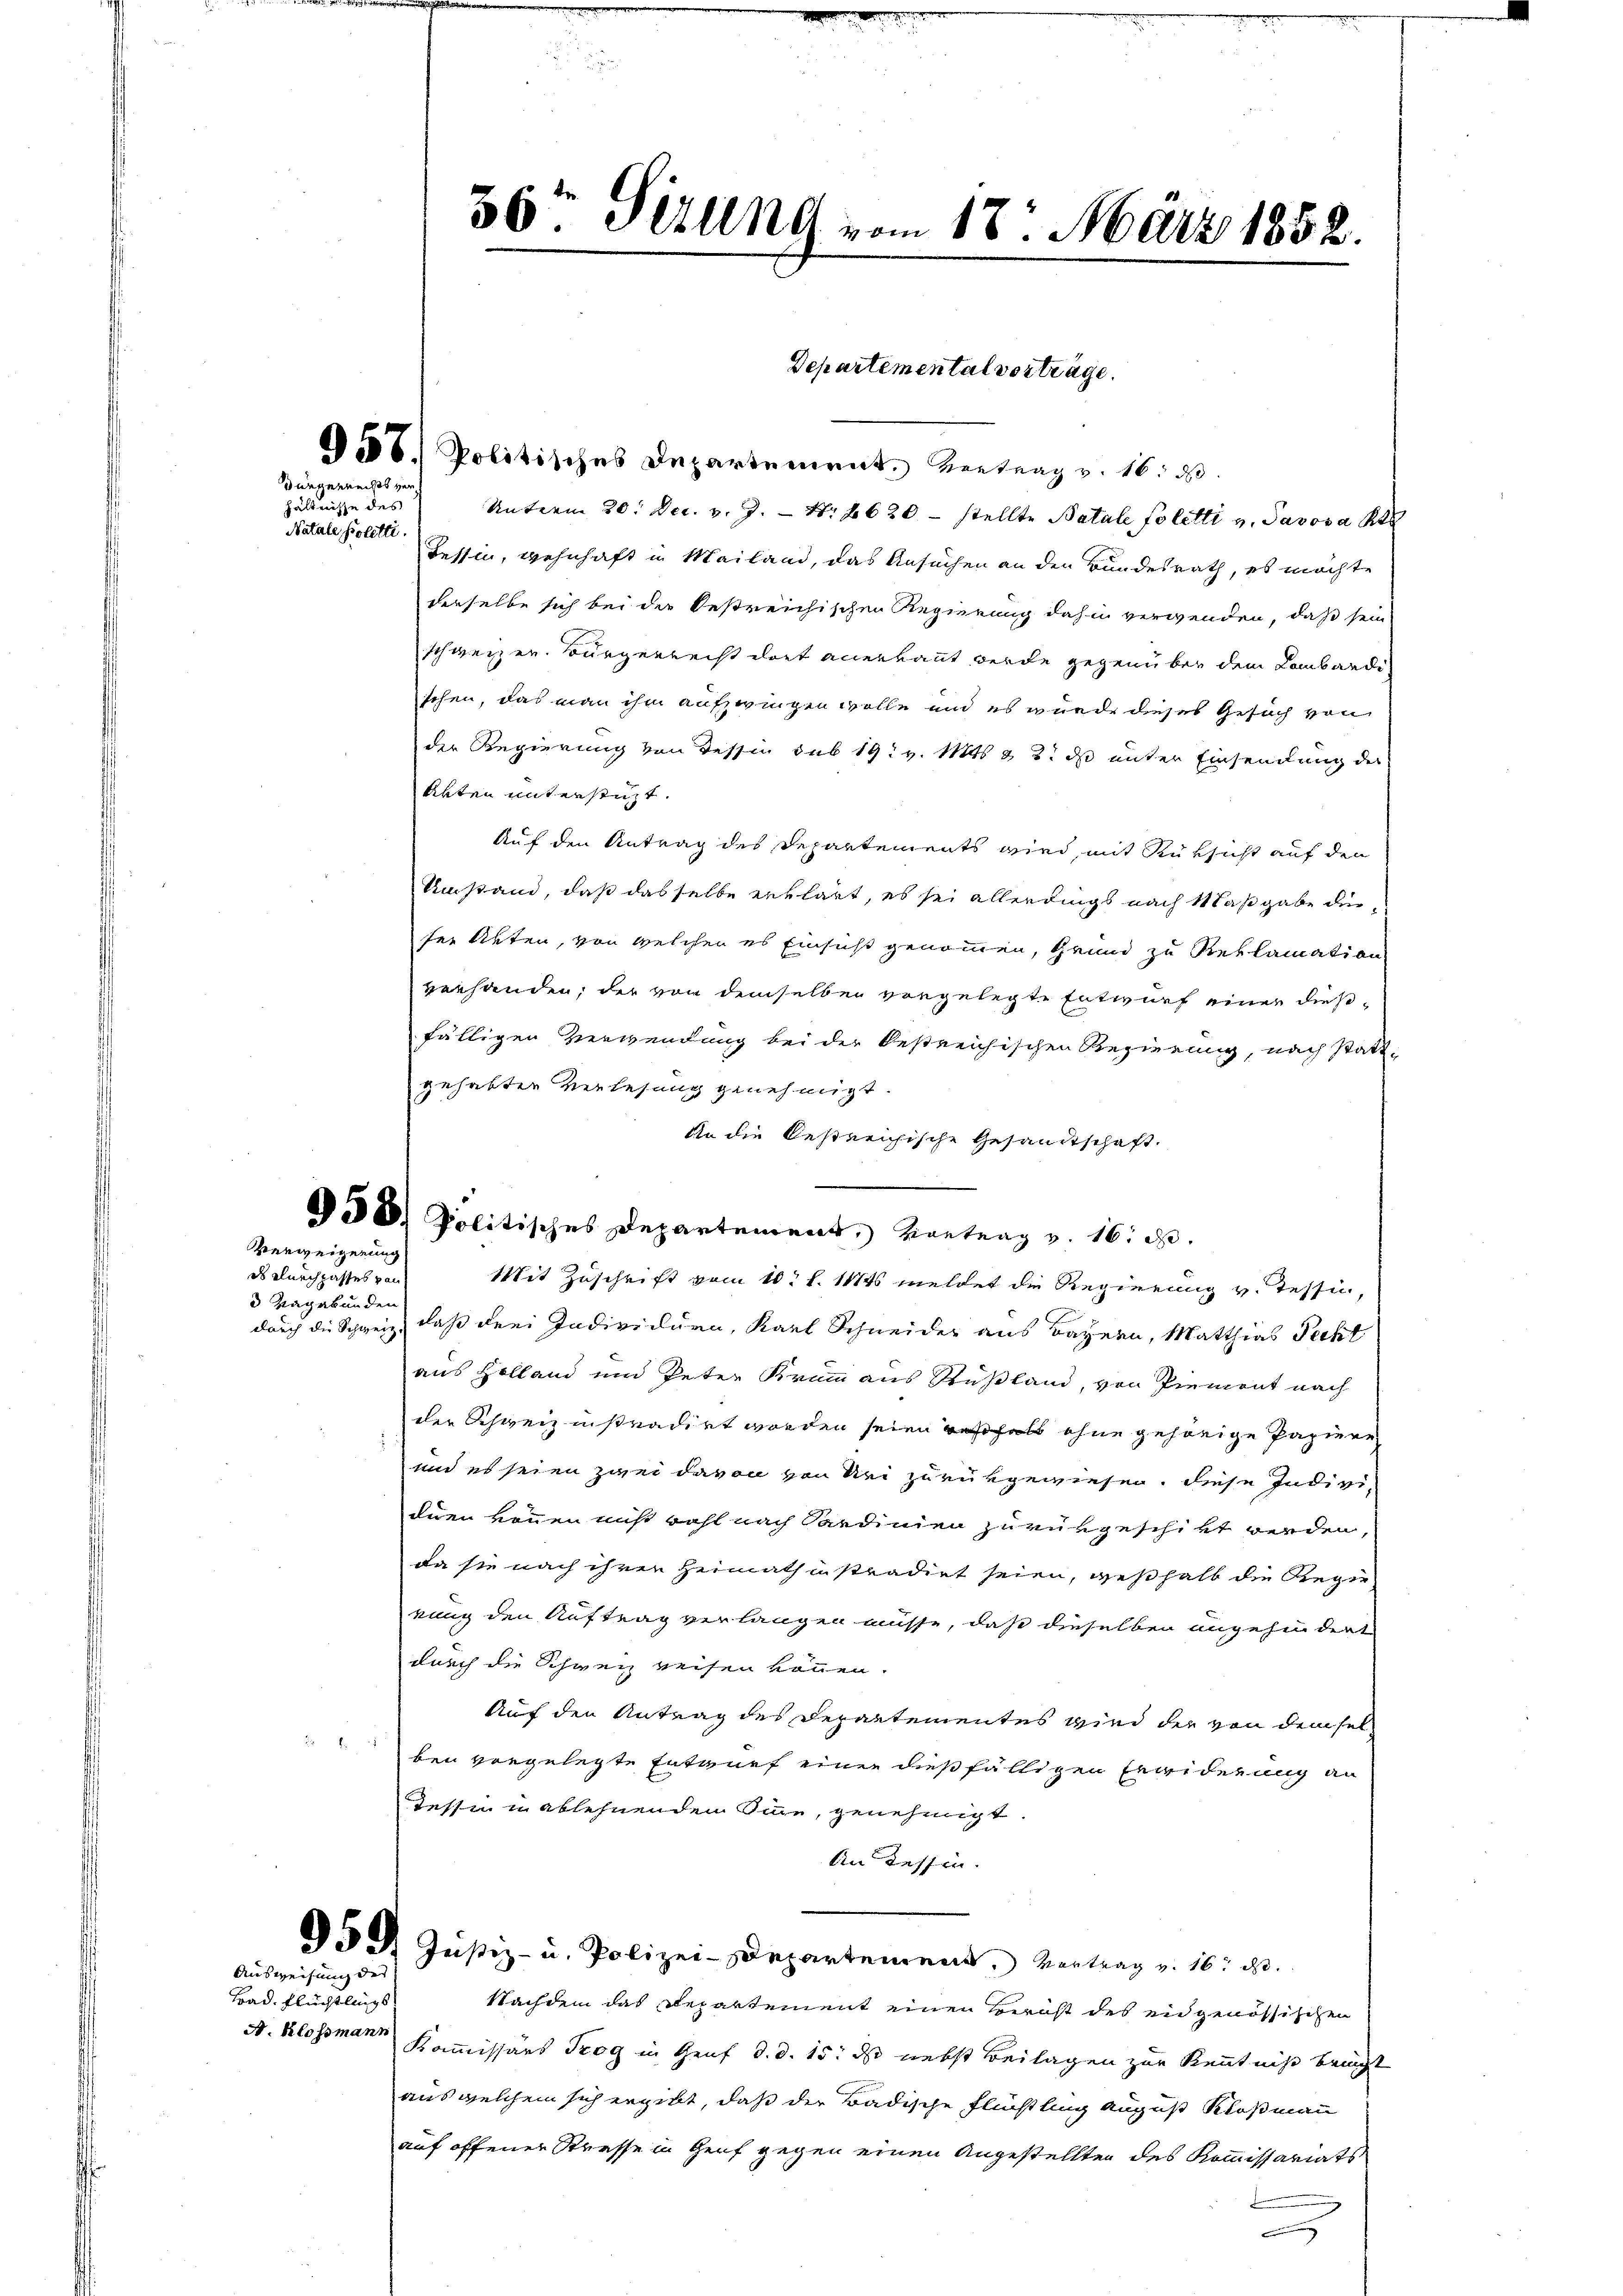
ds Kluechgasses von
 Vagabunden

Bad. Flüchtlings
A. Klossmann

düngernechts verhältnisse des

Natale politte.

Verweigerung

Ausweisung der

558. Politisches Departement. Vertrag v. 16. d.
Unterm 20. Dec. v. J. Nr. 1620 – stellte Batale Politti v. Savosa St
Tessin, wohnhaft in Mailand, das Ansuchen an den Bundesrath, es möchte
derselbe sich bei der bestreichischen Regierung dahin verwenden, daß sein
schweizer. Bürgerrecht dort anerkannt werde gegenüber dem Lombardischen, das man ihm aufzwingen wolle und es wurde dieses Gesuch von
der Regierung von Tessin sub 19t v. Mts. & 2. ds unter Einsendung der
Akten unterstüzt.
Auf den Antrag des Departements wird, mit Rüksicht auf den
Umstand, daß dasselbe erklärt, es sei allerdings nach Maßgabe derser Akten, von welchen es Einsicht genommen, Grund zu Reklamation
verhanden; der von demselben vorgelegte Entwurf einer dießfälligen Verwendung bei der bestreichischen Regierung, nach stattgehabter Verlesung genehmigt.
An die bestreichische Gesamtschaft.
958. Politisches Departement, Vortrag v. 16. d.
Mit Zuschrift vom 10. d. 114 meldet die Regierung v. Tessi,
durch die Schweiz, daß drei Individuen, Karl Schneider aus Bayern, Matthias Pechl
aus Holland und Peter Krumm aus Rußland, von Piemont nach
der Schweiz instradirt worden seien weshalt ohne gehörige Papiere
und es seien zwei davon von Sei zurükgewiesen, diese Individuen können nicht wohl nach Sardinien zurürgeschikt werden,
da sie nach ihrer Heimath instradirt seien, weßhalb die Regie
rung den Auftrag verlangen müsse, daß dieselben angehen dort
durch die Schweiz weisen können.
Auf den Antrag des Departementes wird der von demselben vorgelegte Entwurf einer dießfälligen Erwiderung an
Tessin in ablehnenden Sinne, genehmigt
An dessen.
Dd Justiz- u. Polizei-Departement. Vertrag v. 16. d.
Nachdem das Departement einen Bernst des eidgenössischen
Kommissärs Trog in Genf d. d. 15. ds nebst Beilagen zur Kenntniß bringt
aus welchem sich ergibt, daß der Badische Flüchtling August Klosmann
auf offener Strasse in Genf gegen einen Angestellten des Kommissariats
a

50. Titung vom 18. März 1858.

Departemental vorträge.